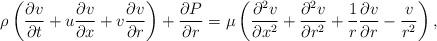
LaTeX: \begin{align*}\rho\left(\frac{\partial v}{\partial t}+u\frac{\partial v}{\partial x}+v\frac{\partial v}{\partial r}\right)+\frac{\partial P}{\partial r}=\mu\left(\frac{\partial^{2}v}{\partial x^{2}}+\frac{\partial^{2}v}{\partial r^{2}}+\frac{1}{r}\frac{\partial v}{\partial r}-\frac{v}{r^{2}}\right),\end{align*}